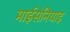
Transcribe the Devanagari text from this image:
माईसेनियाइ